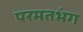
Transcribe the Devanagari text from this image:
परमतभंग